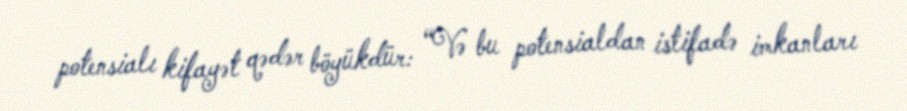
potensialı kifayət qədər böyükdür: “Və bu potensialdan istifadə imkanları